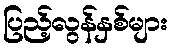
ပြည့်လွန်နှစ်များ